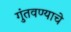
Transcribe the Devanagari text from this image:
गुंतवण्याचे